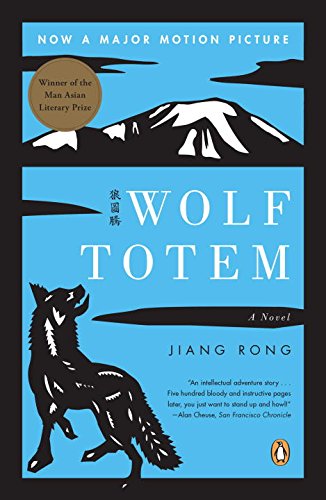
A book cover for Wolf Totem: A Novel; Jiang Rong; Literature & Fiction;